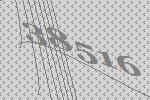
38516